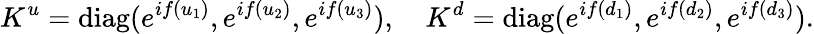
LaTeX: K^{u}=\mathrm{diag}(e^{if(u_{1})},e^{if(u_{2})},e^{if(u_{3})}),\quad K^{d}=\mathrm{diag}(e^{if(d_{1})},e^{if(d_{2})},e^{if(d_{3})}).